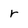
Character: r